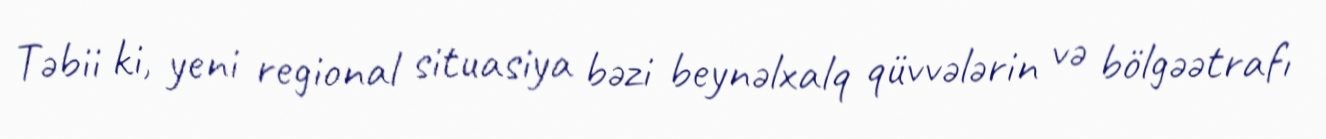
Təbii ki, yeni regional situasiya bəzi beynəlxalq qüvvələrin və bölgəətrafı